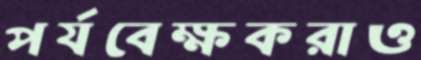
পর্যবেক্ষকরাও